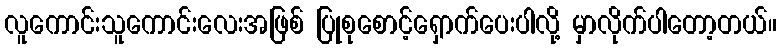
လူကောင်းသူကောင်းလေးအဖြစ် ပြုစုစောင့်ရှောက်ပေးပါလို့ မှာလိုက်ပါတော့တယ်။